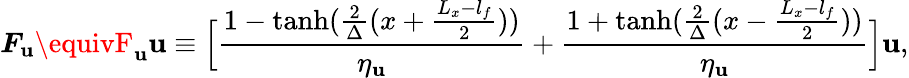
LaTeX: \boldsymbol{F}_{\mathbf{u}}\equivF_{\mathbf{u}}\mathbf{{\mathbf{u}}}\equiv\Big[\frac{{1-\operatorname{tanh}(\frac{{2}}{{\Delta}}(x+\frac{{L_{x}-l_{f}}}{{2}}))}}{{\eta_{\mathbf{u}}}}+\frac{{1+\operatorname{tanh}(\frac{{2}}{{\Delta}}(x-\frac{{L_{x}-l_{f}}}{{2}}))}}{{\eta_{\mathbf{u}}}}\Big]\mathbf{{\mathbf{u}}},